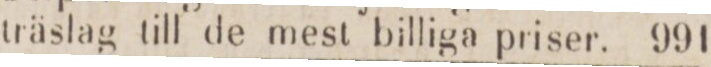
träslag till de mest billiga priser.    991